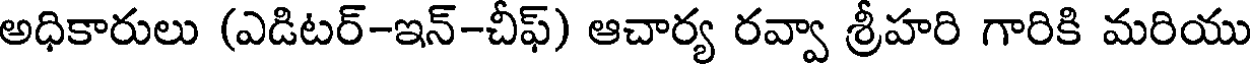
అధికారులు (ఎడిటర్-ఇన్-చీఫ్) ఆచార్య రవ్వా శ్రీహరి గారికి మరియు